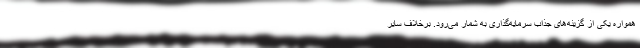
همواره یکی از گزینه‌های جذاب سرمایه‌گذاری به شمار می‌رود. برخلاف سایر